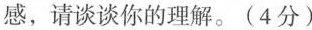
感，请谈谈你的理解。(4分)